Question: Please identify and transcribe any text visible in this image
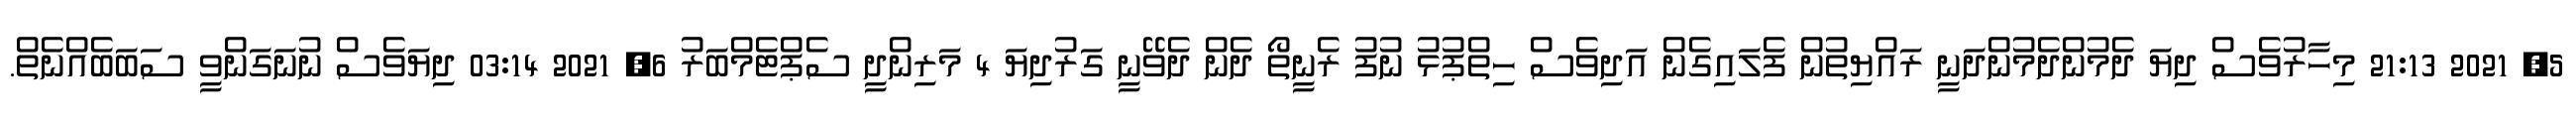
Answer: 5, 2021 21:13 މިހާރުވެސް ދިޔަ ދެމުންދެމުންދަނީ ރައްޔިތުން ފެލައިގެން އަދިވެސް ހިތްޕުޅު ނުފު ރެނީތޯ ދެން ދެވޭނީ ގަރުދިޔަ 4 މަރިންދީ ސެޕްޓެމްބަރު 6, 2021 03:14 ދިޔަވެސް ނުނަގަންވީ ސަބަބެއްނެތް.